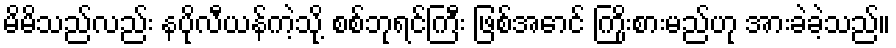
မိမိသည်လည်း နပိုလီယန်ကဲ့သို့ စစ်ဘုရင်ကြီး ဖြစ်အောင် ကြိုးစားမည်ဟု အားခဲခဲ့သည်။